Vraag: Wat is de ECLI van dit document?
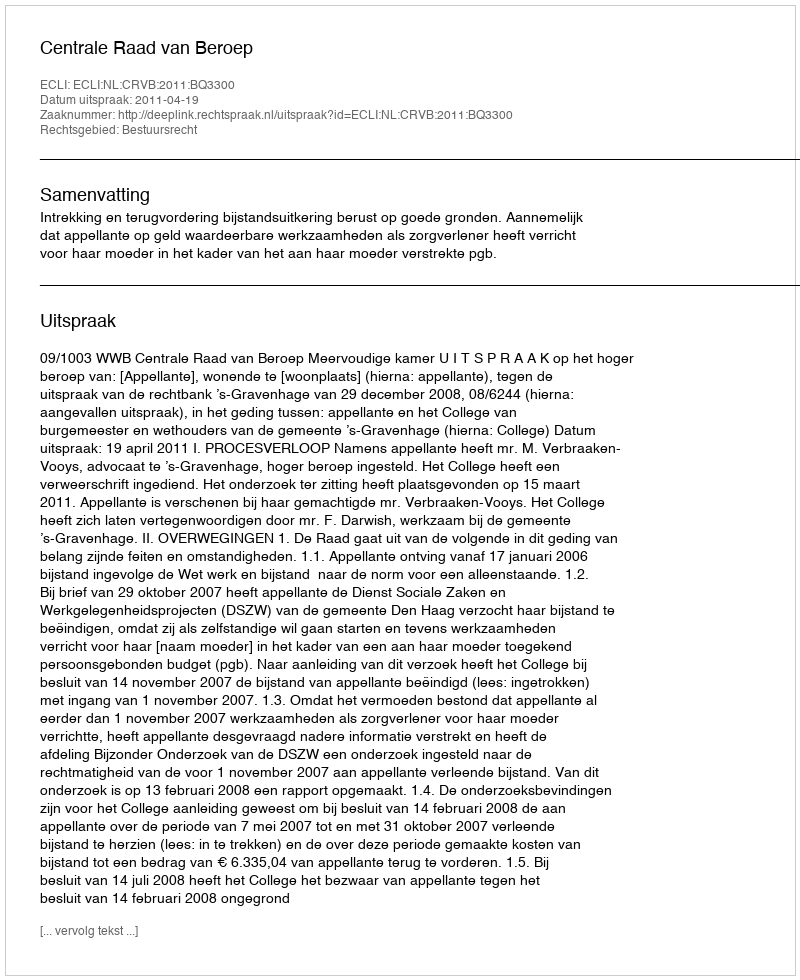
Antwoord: ECLI:NL:CRVB:2011:BQ3300